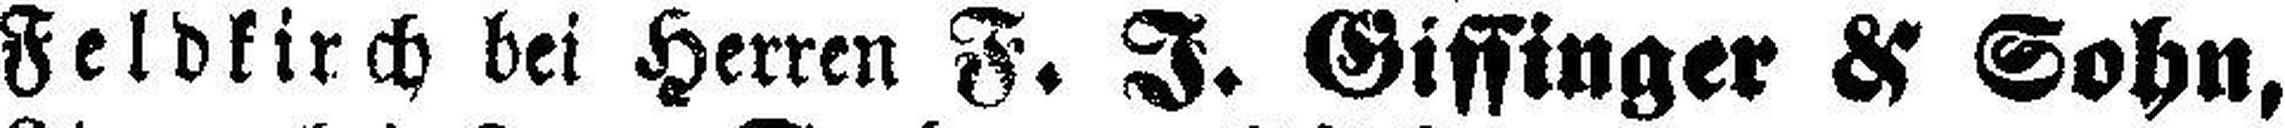
Feldkirch bei Herren F. J. Gissinger & Sohn,